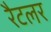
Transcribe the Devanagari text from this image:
रैटलर